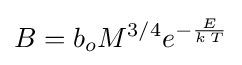
B=b_{o}M^{3/4}e^{-{\frac {E}{k\,T}}}